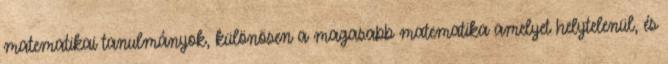
matematikai tanulmányok, különösen a magasabb matematika amelyet helytelenül, és